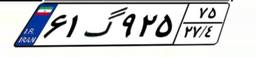
۶۱گ۹۲۵۷۵